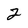
Character: 2